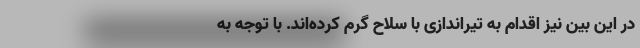
در این بین نیز اقدام به تیراندازی با سلاح گرم کرده‌اند. با توجه به